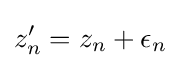
z'_{n}=z_{n}+\epsilon _{n}